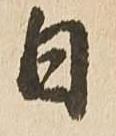
日